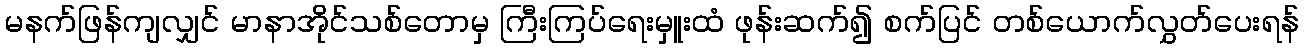
မနက်ဖြန်ကျလျှင် မာနာအိုင်သစ်တောမှ ကြီးကြပ်ရေးမှူးထံ ဖုန်းဆက်၍ စက်ပြင် တစ်ယောက်လွှတ်ပေးရန်